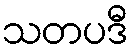
သတပဒီ